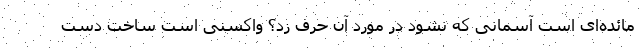
مائده‌ای است آسمانی که نشود در مورد آن حرف زد؟ واکسنی است ساخت دست